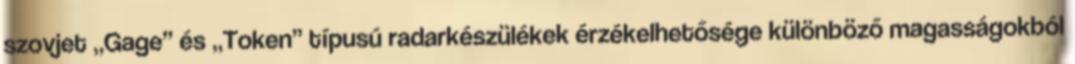
szovjet „Gage” és „Token” típusú radarkészülékek érzékelhetősége különböző magasságokból